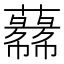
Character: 𱾼